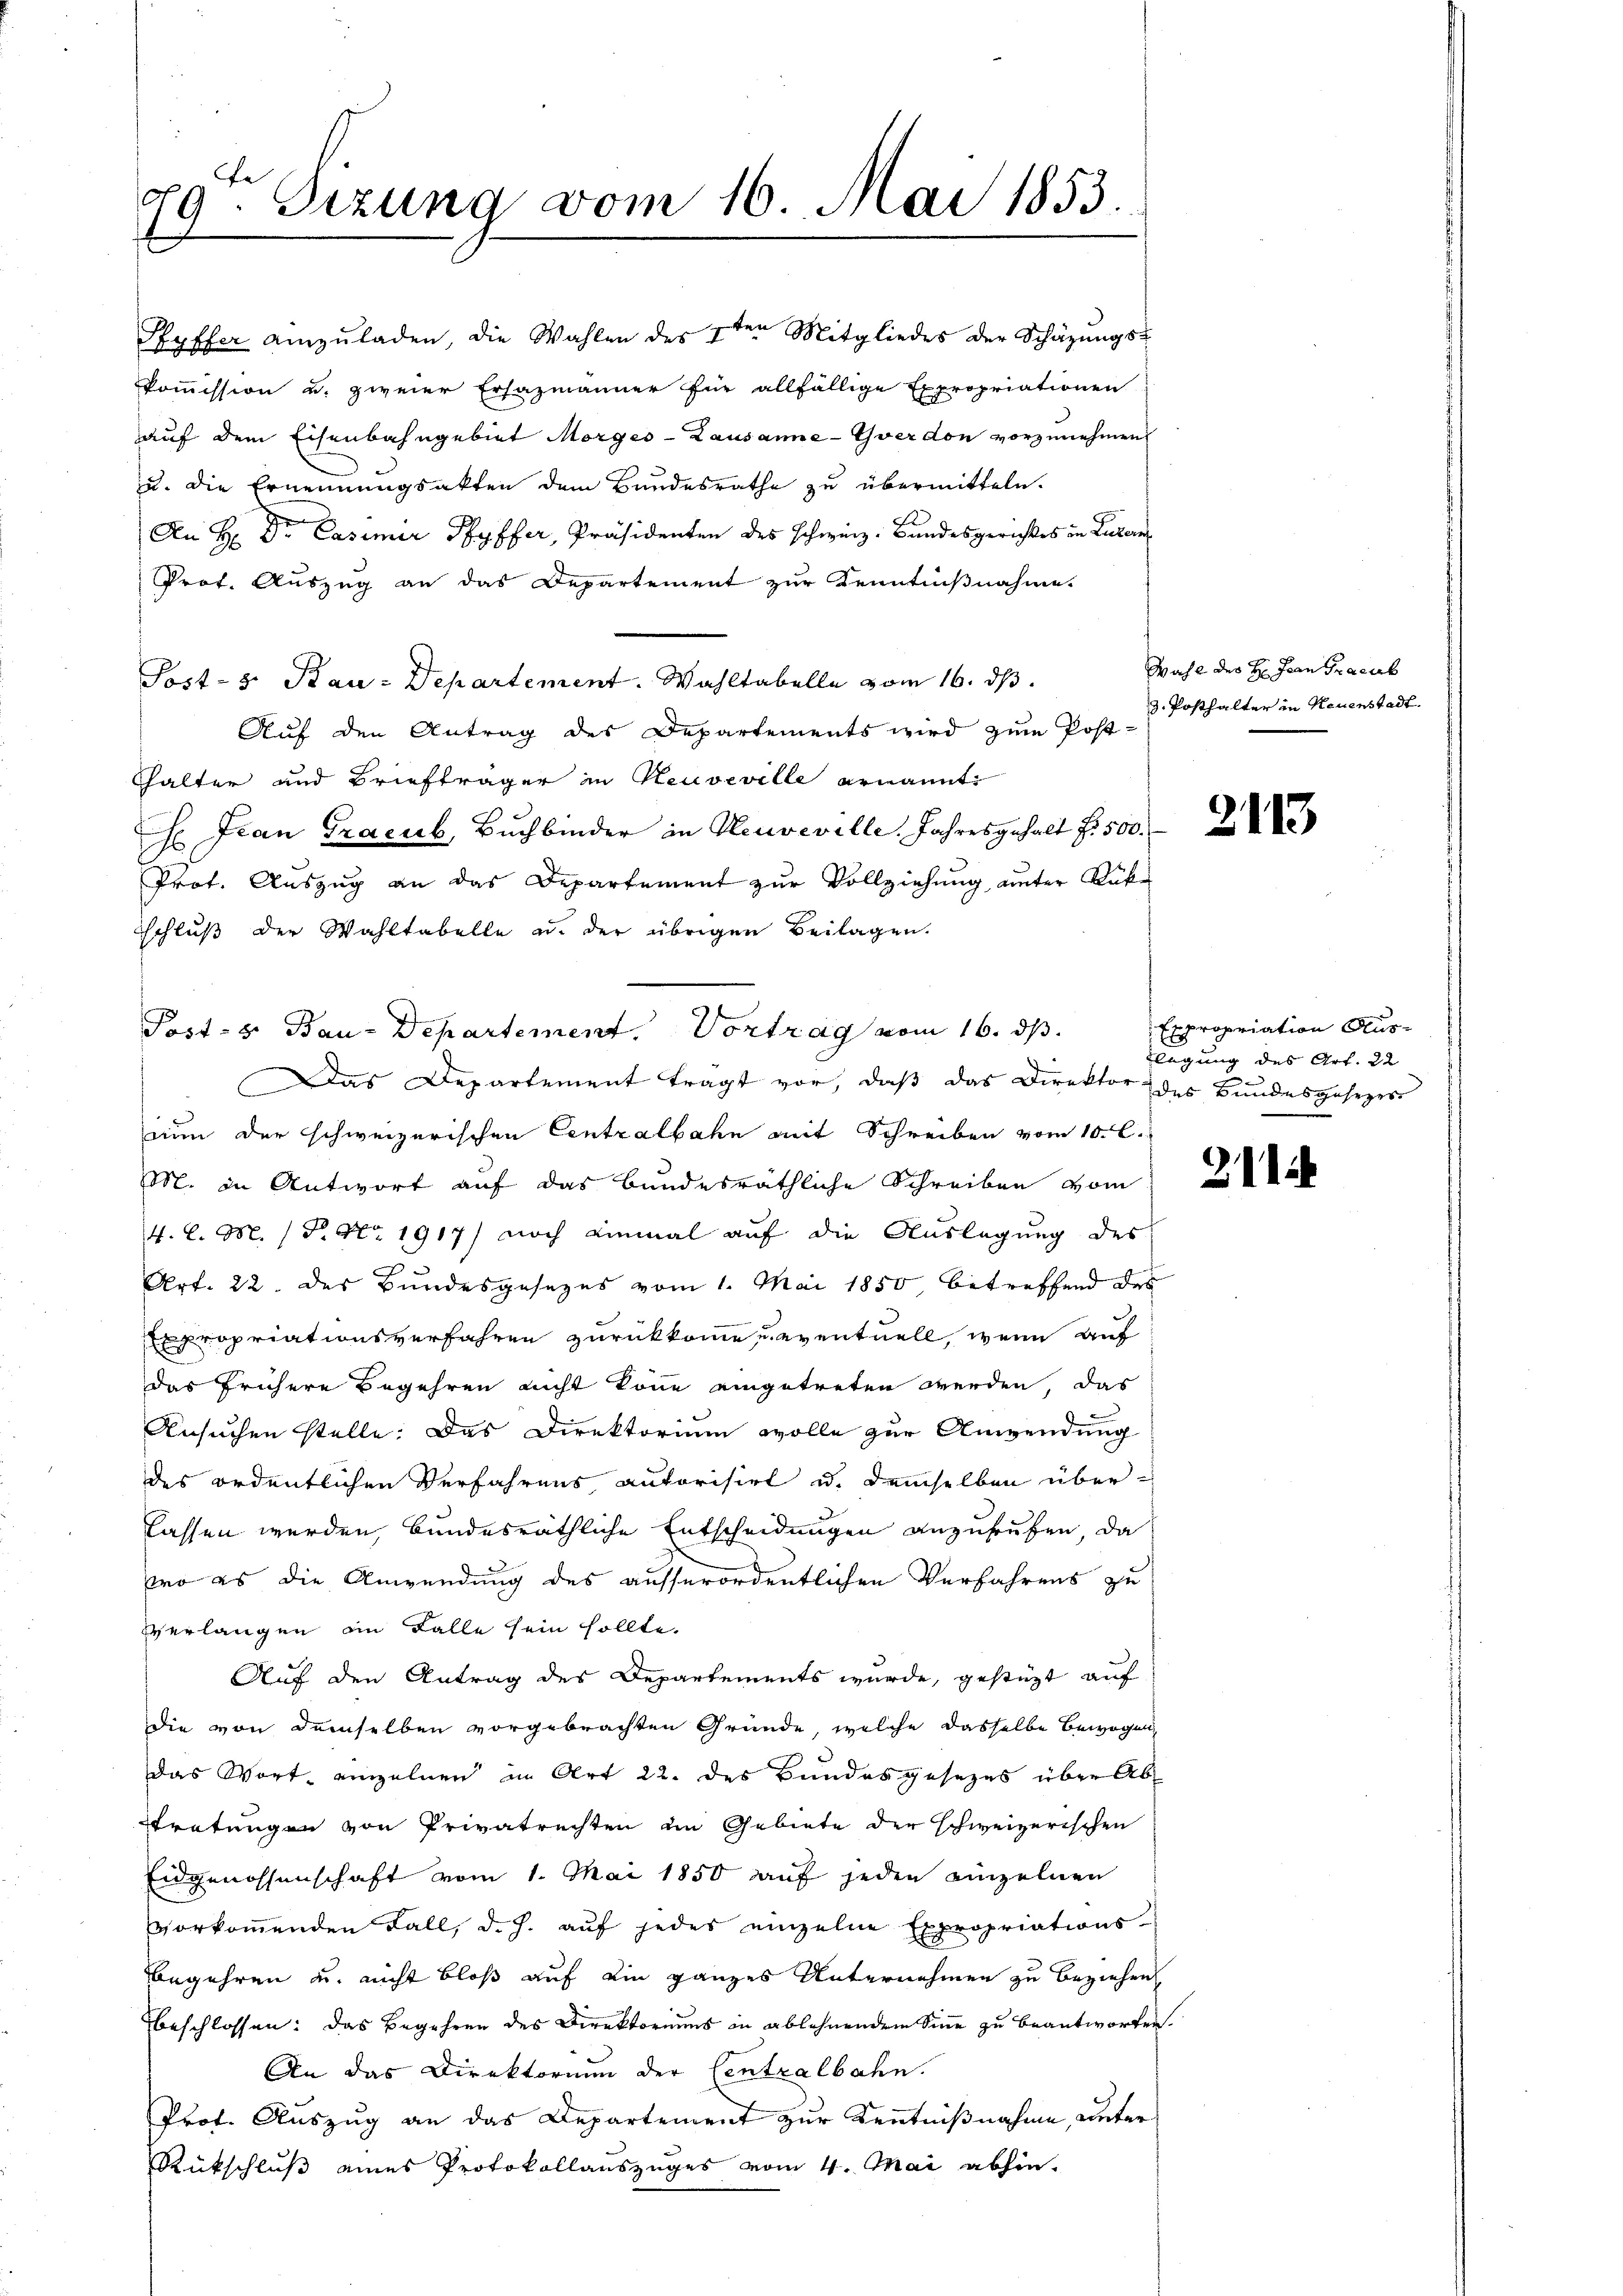
99. Seizung vom 16. Mai 1853.

Auf den Antrag des Departements wird zum Post-
thalter und Briefträger in Neuveville ernannt
. Jean Tracub, Buchbinder in Neuveville. Jahresgehalt f. 500.
Prot. Auszug an das Departement zur Vollziehung unter Rüke
schluß der Wahltabelle u. der übrigen Beilagen.
Post- u. Bau-Departement. Vortrag vom 16. ds.
Das Departement tragt vor, daß das Direktor.
nun der schweizerischen Centralbahn mit Schreiben vom 10. l.
M. in Antwort auf das bundesräthliche Schreiben vom
4. l. M. P. Nr. 1917) noch einmal auf die Auslegung des
u
Art. 22. des Bundesgesezes vom 1. Mai 1850, betreffend des
Expropriationsverfahren zurückkomme, eventuell, wenn auf
das frühere Begehren nicht könne eingetreten werden, das
Ansuchen stelle; das Direktorium wolle zur Anwendung
des ordentlichen Verfahrens autorisirt u. demselben überlassen werden, bundesräthliche Entscheidungen anzurufen, da
wo es die Anwendung des ausserordentlichen Verfahrens zu
verlangen an Falle sein sollte.
Auf den Antrag des Departements wurde, gestüzt auf
die von demselben vorgebrachten Gründe, welche dasselbe bewogen,
das Wort einzelnen in Art 22. des Bundesgesezes über Abratungen von Privatrechten in Gebiete der schweizerischen
Eidgenossenschaft vom 1. Mai 1850 auf jeden einzelnen
vorkommenden Fall, d. h. auf jedes einzelne Expropriations-
begehren u. nicht bloß auf ein ganzes Unternehmen zu beziehen
beschlossen: Das Begehren des Direktoriums in ablehnendem Sinne zu beantworten.
An das Direktorium der Centralbahn.
Prof. Auszug an das Departement zur Kenntnißnahme, unter
Rückschluß eines Protokollauszuges vom 4. Mai abhin¬

Hyffer anzŭladen, die Wahlen des 2ten Mitgliedes der Schäzŭngs-
kommission u. zweier Ersazmänner für allfällige Expropriationen
auf dem Eisenbahngebiet Morges - Lausanne-Yverdon vorzunehmen
u. die Ernennungsakten dem Bundesrathe zu übermitteln.
An H. Dr. Casimir Pfyffer, Präsidenten des Schweiz. Bundesgerichtes in Luzern
Prof. Auszug an das Departement zur Kenntnißnahme
Sost- u. Bau-Departement. Wahltabelle vom 16. ds.

Wahl des H. Jean Fracub
3. Posthalter in Neuenstadt.

2113

Expropriation Auslegung des Art. 22
des Bundesgesezes

211.